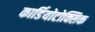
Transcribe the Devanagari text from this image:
कार्डियोटोक्सिक